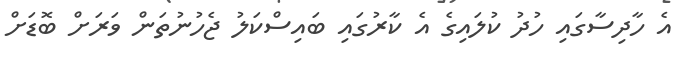
އެ ހާދިސާގައި ހުދު ކުލައިގެ އެ ކާރުގައި ބައިސްކަލު ޖެހުނުތަން ވަރަށް ބޮޑަށް